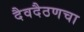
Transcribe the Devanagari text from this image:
दैवदैठणचा